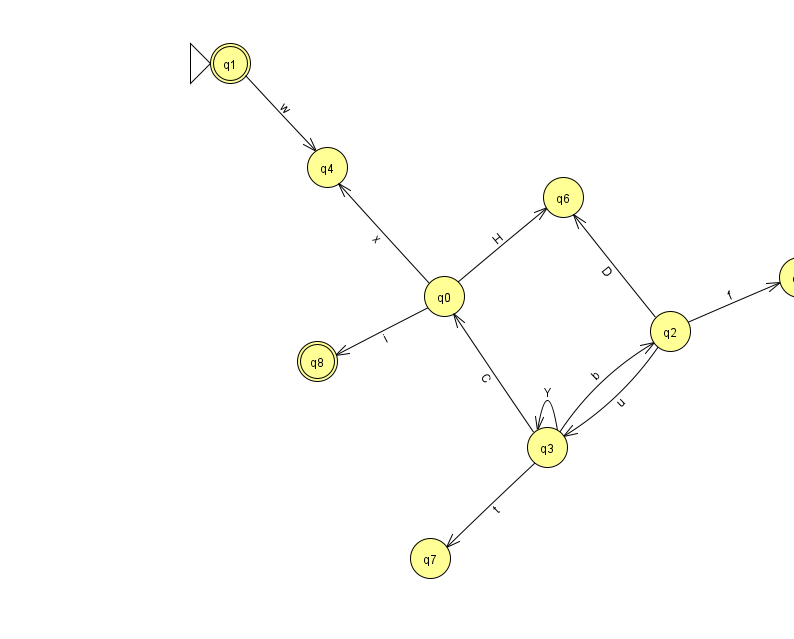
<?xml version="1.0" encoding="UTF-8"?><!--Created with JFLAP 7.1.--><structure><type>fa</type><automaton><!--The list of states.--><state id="0" name="q0"><x>444.0</x><y>283.0</y></state><state id="1" name="q1"><x>230.0</x><y>50.0</y><initial/><final/></state><state id="2" name="q2"><x>670.0</x><y>318.0</y></state><state id="3" name="q3"><x>547.0</x><y>434.0</y></state><state id="4" name="q4"><x>327.0</x><y>154.0</y></state><state id="5" name="q5"><x>799.0</x><y>264.0</y></state><state id="6" name="q6"><x>563.0</x><y>184.0</y></state><state id="7" name="q7"><x>430.0</x><y>545.0</y></state><state id="8" name="q8"><x>317.0</x><y>348.0</y><final/></state><!--The list of transitions.--><transition><from>0</from><to>4</to><read>x</read></transition><transition><from>0</from><to>6</to><read>H</read></transition><transition><from>2</from><to>5</to><read>f</read></transition><transition><from>0</from><to>8</to><read>i</read></transition><transition><from>1</from><to>4</to><read>w</read></transition><transition><from>2</from><to>6</to><read>D</read></transition><transition><from>3</from><to>2</to><read>b</read></transition><transition><from>3</from><to>3</to><read>Y</read></transition><transition><from>3</from><to>7</to><read>t</read></transition><transition><from>2</from><to>3</to><read>u</read></transition><transition><from>3</from><to>0</to><read>C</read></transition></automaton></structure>